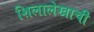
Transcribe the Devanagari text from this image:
शिलालेखाची